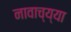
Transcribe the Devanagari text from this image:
नावाच्य्या